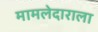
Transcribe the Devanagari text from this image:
मामलेदाराला